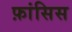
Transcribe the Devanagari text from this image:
फ़ांसिस